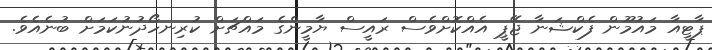
ޕާޓީއާ މައުމޫން ފެކްޝަނާ ޖޭޕީ އެއްކޮށްވެސް ރައީސް ޔާމީންގެ މައްޗަށް ކުރިނހޯދުނުކަމަށް ބުނެއެވެ.